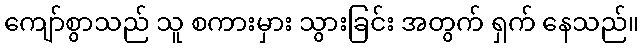
ကျော်စွာသည် သူ စကားမှား သွားခြင်း အတွက် ရှက် နေသည်။